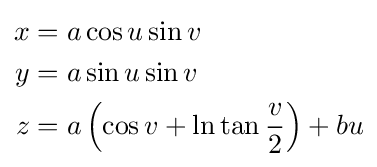
{\begin{aligned}x&=a\cos u\sin v\\y&=a\sin u\sin v\\z&=a\left(\cos v+\ln \tan {\frac {v}{2}}\right)+bu\end{aligned}}